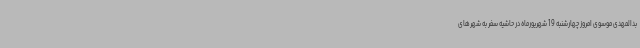
بدالمهدی موسوی امروز چهارشنبه 19 شهریورماه در حاشیه سفر به شهرهای